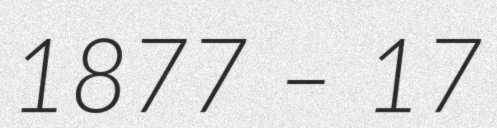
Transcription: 1877 – 17